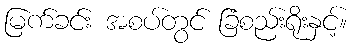
မြက်ခင်း အစပ်တွင် ခြံစည်းရိုးနှင့်။